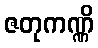
ဇတုကဏ္ဏိ